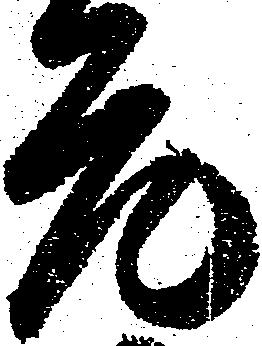
元